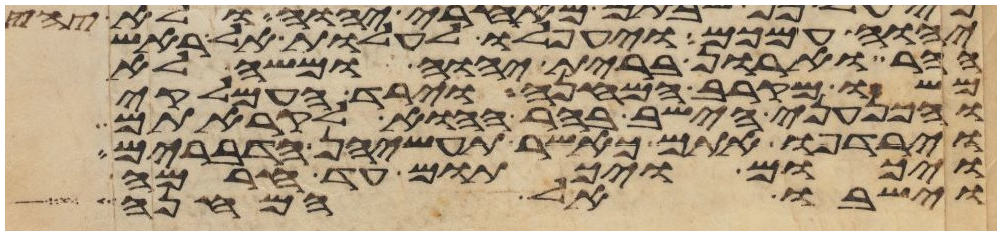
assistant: יהוה עמכם ויעפלו לעלות אל ראש
ההר וארון ברית יהוה ומשה לא
משו מקרב המחנה וירד העמלקי
והכנעני הישב בהר ההוא לקראתם
וירדפו אתם כאשר תעשינה הדברים
ויכום ויכתום עד חרמה
וישבו אל המחנה